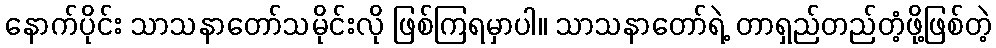
နောက်ပိုင်း သာသနာတော်သမိုင်းလို ဖြစ်ကြရမှာပါ။ သာသနာတော်ရဲ့ တာရှည်တည်တံ့ဖို့ဖြစ်တဲ့